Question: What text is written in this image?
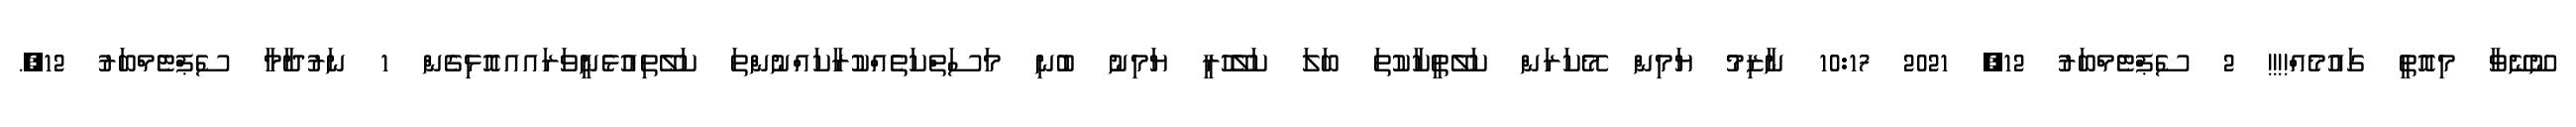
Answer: ނޫނޭވާ މިއޮތީ ގައުމެއް!!!! 2 ސެޕްޓެމްބަރު 12, 2021 10:17 ނާޒިމު ޔަމިން މޭކަރަން ކަލޭތީކާކުތަ ބަލަ ކަލެޭހުރީ ޔަމިނު ބުނި މަސަތްކަތެއްކުރާކައްނުންތަ ކަލޭތިއުޅެނީވަރައއއޮޅިގެން 1 ނަރުދާމާ ސެޕްޓެމްބަރު 12,.